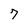
Character: 7